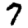
Digit: 7